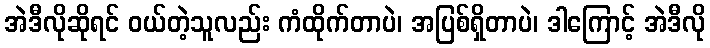
အဲဒီလိုဆိုရင် ဝယ်တဲ့သူလည်း ကံထိုက်တာပဲ၊ အပြစ်ရှိတာပဲ၊ ဒါကြောင့် အဲဒီလို